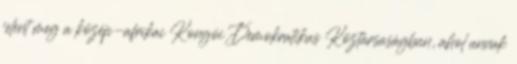
jelent meg a közép-afrikai Kongói Demokratikus Köztársaságban, ahol annak